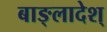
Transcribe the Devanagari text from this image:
बाङ्लादेश्